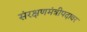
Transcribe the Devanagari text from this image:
संरक्षणमंत्रीपदावर